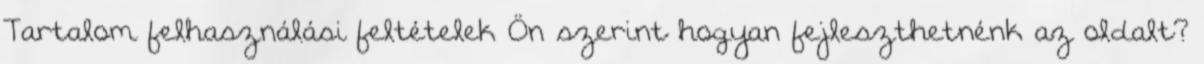
Tartalom felhasználási feltételek Ön szerint hogyan fejleszthetnénk az oldalt?